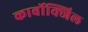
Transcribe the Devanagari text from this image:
कार्बोक्जिल